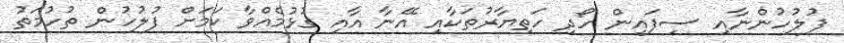
ފުލުހުންނާއި ސިފައިން ހޯދި ހަތިޔާރުތަކާއި އޭނާ އާއި ގުޅުމެއްވާ ކަމަށް ފުލުހުން ތުހުމަތު